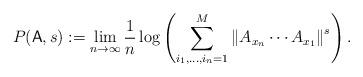
LaTeX: \begin{align*}P(\mathsf{A},s):=\lim_{n\to\infty} \frac{1}{n}\log\left(\sum_{i_1,\ldots,i_n=1}^M \left\|A_{x_n}\cdots A_{x_1}\right\|^s\right).\end{align*}